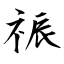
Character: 祳